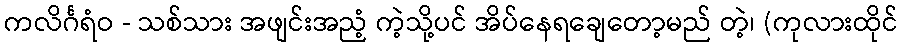
ကလိင်္ဂရံဝ - သစ်သား အဖျင်းအညံ့ ကဲ့သို့ပင် အိပ်နေရချေတော့မည် တဲ့၊ (ကုလားထိုင်